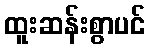
ထူးဆန်းစွာပင်